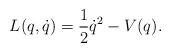
LaTeX: \begin{align*}L(q,\dot{q})=\frac{1}{2}\dot{q}^2-V(q).\end{align*}